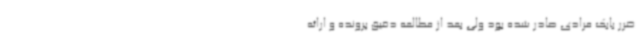
ضرر بابک مرادی صادر شده بود ولی بعد از مطالعه دقیق پرونده و ارائه